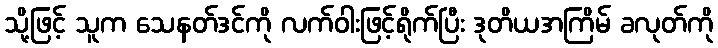
သို့ဖြင့် သူက သေနတ်ဒင်ကို လက်ဝါးဖြင့်ရိုက်ပြီး ဒုတိယအကြိမ် ခလုတ်ကို